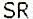
SR